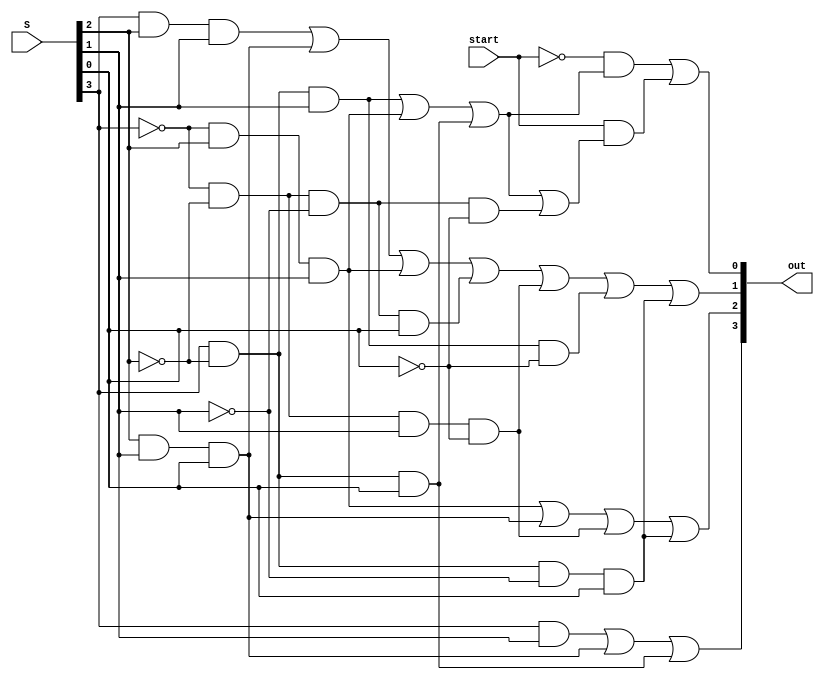
module next_state(out, start, S);
	output [3:0] out;
	input [3:0] S;
	input start;
	wire nstart;
	assign nstart = ~start;
	wire Q0, Q1, Q2, Q3;
	assign Q0 = S[0] | 1'b0;
	assign Q1 = S[1] | 1'b0;
	assign Q2 = S[2] | 1'b0;
	assign Q3 = S[3] | 1'b0;
	wire wa1, wa2, wa3, wa4, wa5, wa6, wa7;
	assign wa1 = Q3 & ~Q2 & Q1;
	assign wa2 = ~Q3 & Q2 & Q1;
	assign wa3 = Q3 & ~Q2 & Q0;
	assign wa7 = ~Q3 & ~Q2 & ~Q1 & ~Q0;
	
	wire wo4, wo5, wa8, wa9, wo6, wo7;
	assign wo4 = wa1 | wa2 | wa3;
	assign wo5 = wa1 | wa2 | wa3 | wa7;
	assign wa8 = nstart & wo4;
	assign wa9 = start & wo5;
	assign out[0] = wa8 | wa9;
	
	wire wa10, wa11, wa12, wa13, wa14, wa15, wa16;
	assign wa10 = Q3 & Q1;
	assign wa11 = Q2 & Q1 & Q0;
	assign wa12 = Q3 & ~Q2 & Q0;
	assign wa13 = ~Q3 & Q2 & Q1;
	assign wa14 = Q2 & Q1 & Q0;
	assign wa15 = ~Q3 & ~Q2 & Q1 & ~Q0;
	assign wa16 = Q3 & ~Q2 & ~Q1 & Q0;
	
	wire wo8,wo9;
	assign out[3] = wa10 | wa11 | wa12;
	assign out[2] = wa13 | wa14 | wa15 | wa16;
	
	wire wa17,wa18, wa19, wa20, wa21, wa22, wa23;
	assign wa17 = Q3 & Q2 & Q1;
	assign wa18 = Q2 & Q1 & Q0;
	assign wa19 = ~Q3 & Q2 & Q1;
	assign wa20 = ~Q3 & ~Q2 & ~Q1 & Q0;
	assign wa21 = ~Q3 & ~Q2 & Q1 & ~Q0;
	assign wa22 = Q3 & ~Q2 & Q1 & ~Q0;
	assign wa23 = Q3 & ~Q2 & ~Q1 & Q0;
	
	assign out[1] = wa17 | wa18 | wa19 | wa20 | wa21 | wa22 | wa23;
endmodule